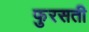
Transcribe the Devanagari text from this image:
फुरसती